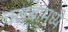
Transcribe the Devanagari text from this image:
क्लबांमध्ये